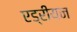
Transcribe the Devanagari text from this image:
एड्रीयन